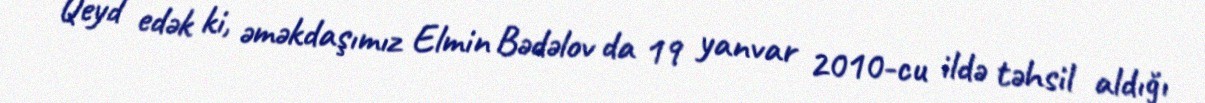
Qeyd edək ki, əməkdaşımız Elmin Bədəlov da 19 yanvar 2010-cu ildə təhsil aldığı